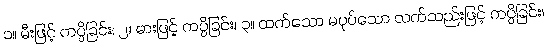
၁။ မီးဖြင့် ကပ္ပိခြင်း၊ ၂။ ဓားဖြင့် ကပ္ပိခြင်း၊ ၃။ ထက်သော မပုပ်သော လက်သည်းဖြင့် ကပ္ပိခြင်း၊